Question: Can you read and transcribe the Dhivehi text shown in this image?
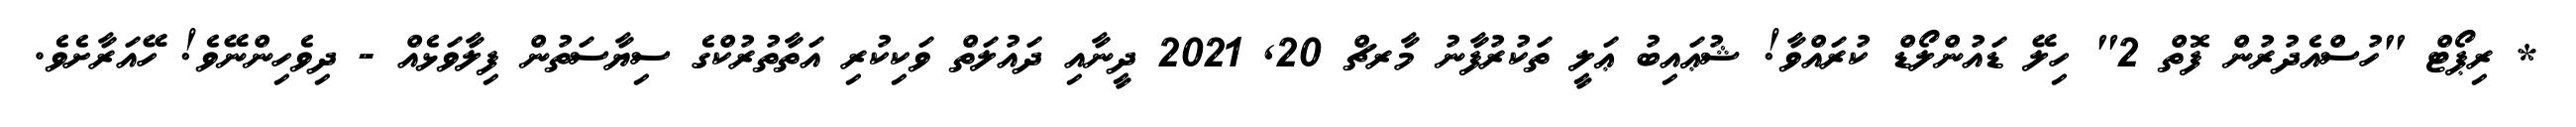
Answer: * ރިޕޯޓް "ހުސްއެދުރުން ފޮތް 2" ހިލޭ ޑައުންލޯޑް ކުރައްވާ! ޝުޢައިބު ޢަލީ ތަކުރުފާނު މާރޗް 20, 2021 ދީނާއި ދައުލަތް ވަކިކުރި އަތާތުރުކްގެ ސިޔާސަތުން ފިލާވަޅެއް - ދިވެހިންނޭވެ! ހޭއަރާށެވެ.